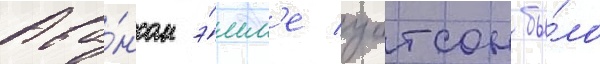
Ава́нсом э́мм'е уотсон бы́ло